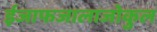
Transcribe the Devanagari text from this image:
ईजाफजालाजोकुल